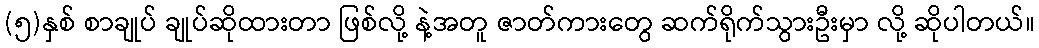
(၅)နှစ် စာချုပ် ချုပ်ဆိုထားတာ ဖြစ်လို့ နဲ့အတူ ဇာတ်ကားတွေ ဆက်ရိုက်သွားဦးမှာ လို့ ဆိုပါတယ်။